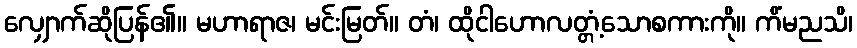
လျှောက်ဆိုပြန်၏။ မဟာရာဇ၊ မင်းမြတ်။ တံ၊ ထိုငါဟောလတ္တံ့သောစကားကို။ ကိံမညသိ၊